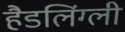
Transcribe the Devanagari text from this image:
हैडलिंग्ली